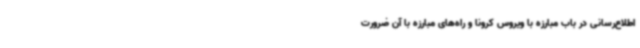
اطلاع‌رسانی در باب مبارزه با ویروس کرونا و راه‌های مبارزه با آن ضرورت